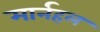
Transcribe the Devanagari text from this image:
मार्नहल